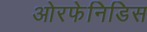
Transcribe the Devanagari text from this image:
ओरफेनिडिस